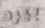
بيرد